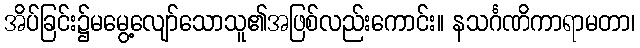
အိပ်ခြင်း၌မမွေ့လျော်သောသူ၏အဖြစ်လည်းကောင်း။ နသင်္ဂဏိကာရာမတာ၊